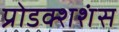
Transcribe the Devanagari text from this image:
प्रोडक्शशंस